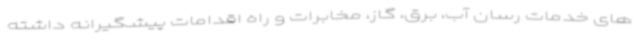
های خدمات رسان آب، برق، گاز، مخابرات و راه اقدامات پیشگیرانه داشته